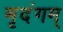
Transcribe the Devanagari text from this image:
मृदंगम्